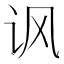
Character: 讽